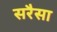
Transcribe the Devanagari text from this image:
सरैसा